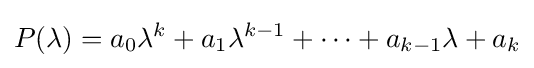
P(\lambda )=a_{0}\lambda ^{k}+a_{1}\lambda ^{k-1}+\cdots +a_{k-1}\lambda +a_{k}